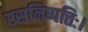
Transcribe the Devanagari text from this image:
रसनिष्पत्तिः।